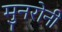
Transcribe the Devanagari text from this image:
मुनरोनी